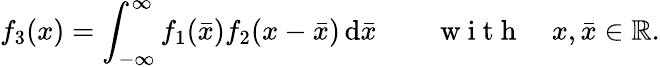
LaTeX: f_{3}(x)=\int_{-\infty}^{\infty}f_{1}(\bar{x})f_{2}(x-\bar{x})\, \mathrm{d}\bar{x}\qquad\mathrm{~w~i~t~h~}\quad x,\bar{x}\in\mathbb{R}.